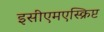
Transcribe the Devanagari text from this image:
इसीएमएस्क्रिप्ट